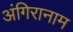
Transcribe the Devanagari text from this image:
अंगिरानाम